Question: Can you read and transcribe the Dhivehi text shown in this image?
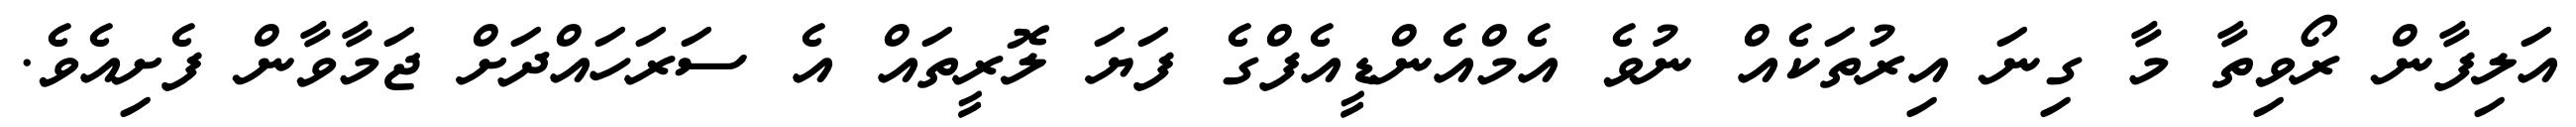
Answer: އަލިފާން ރޯވިތާ މާ ގިނަ އިރުތަކެއް ނުވެ އެމްއެންޑީއެފްގެ ފަޔަ ލޮރީތައް އެ ސަރަހައްދަށް ޖަމާވާން ފެށިއެވެ.